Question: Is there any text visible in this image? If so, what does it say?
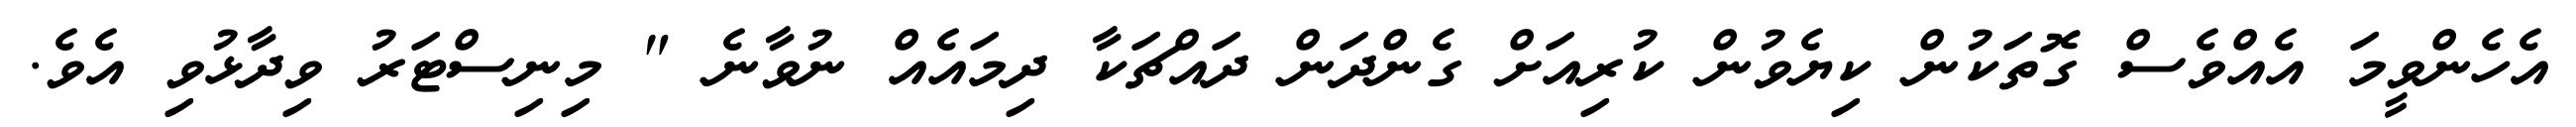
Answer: އެހެންވީމަ އެއްވެސް ގޮތަކުން ކިޔެވުން ކުރިއަށް ގެންދަން ދައްޗަކާ ދިމައެއް ނުވާނެ " މިނިސްޓަރު ވިދާޅުވި އެވެ.